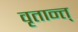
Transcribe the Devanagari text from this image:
वृतान्त्